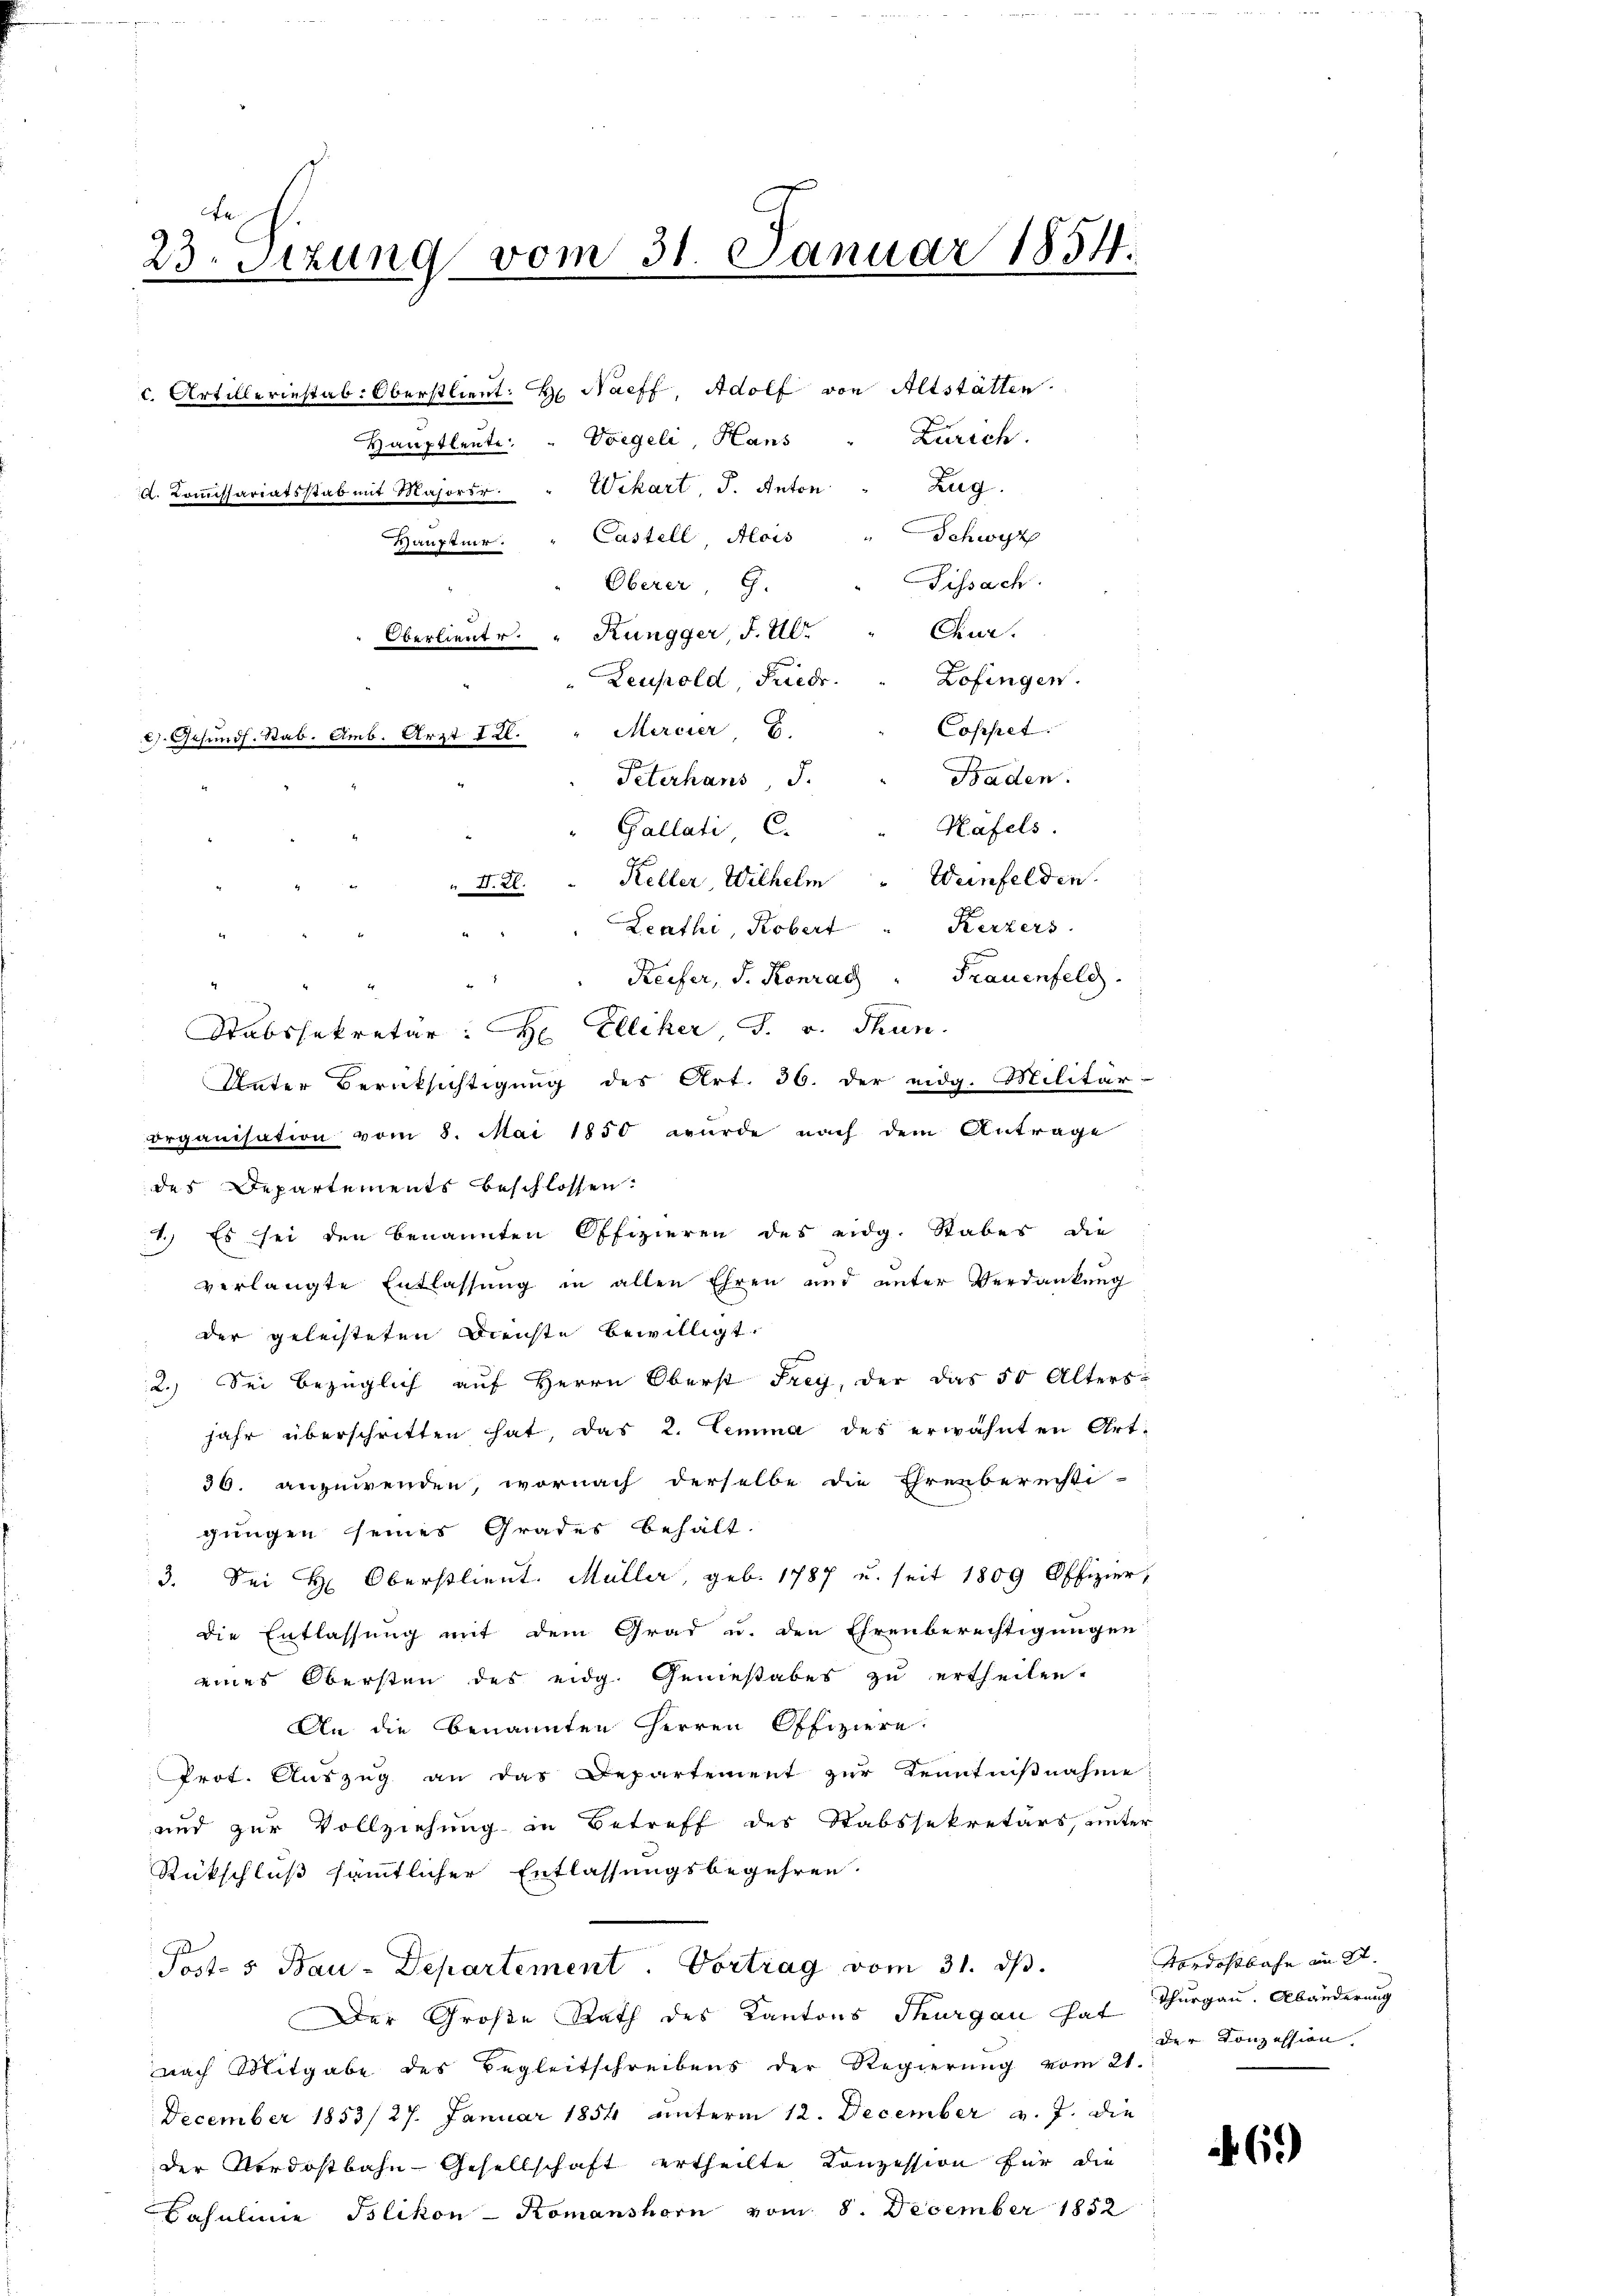
23. Sitzung vom 31. Januar 1854.

Hauptleute

2). Gesund. Rab. Amb. Arzt 121.

c. Artilleriestab. Oberstlieut. H. Naeff, Adolf von Altstätten.
Vorgeli, Hans
d. Koṁissariatsstab mit Majorsr. " Wikart J. Anton " Zug.
Hauptur. " Castell, Alois
Oberer, G.
Oberlieute. " Küngger, J. Ulr
Leuhold Friede
Mercier
Peterhans, d.
Gallati, C.
Keller, Wilhelm
Leuthi, Robert
Reifer, J. Konrad " Frauenfeld.
organisation vom 8. Mai 1850 wurde nach dem Antrage
des Departements beschlossen:
1.) Es sei den benannten Offizieren des eidg. Stabes die
verlangte Entlassung in allen Ehren und unter Verdankung
der geleisteten Beiste bewilligt.
2. Sei bezüglich auf Herrn Oberst Frey, der das 50 Alters-
jahr überschritten hat, das 2. Lemma des erwähnten Art-
36. anzuwenden, wornach derselbe die Ehrenbereisti-
gungen seines Grades behält.
3. Sei H. Oberstlieut. Müller, geb. 1787 u. seit 1809 Offizier,
die Entlassung mit dem Grad u. den Ehrenberechtigungen
eines Obersten des eidg. Genestabes zu ertheilen.
An die benannten Herren Offiziere
Prot. Auszug an das Departement zur Kenntnißnahme
und zur Vollziehung in Betreff des Stabssekretärs, unter
Rückschluß sämmtlicher Entlassungsbegehren.
Post- & Bau-Departement. Vortrag vom 31. ds.
Der Große Rath des Kantons Thurgau hat Thurgau. Abänderung
nach Mitgabe des Begleitschreibens der Regierung vom 21.
December 1853/27. Januar 1854 unterm 12. December v. J. die
der Nordostbahn-Gesellschaft ertheilte Konzession für die
Casulinie Islikon - Romanshorn vom 8. December 1852

" D. 2.

Stabssekretär: H. Elliker J. v. Thun.

Unter Berücksichtigung des Art. 36. der eidg. Militär:

Zürich.
Weinfelden.
Kerzers

Schwyz
Fissach
Chur.
Zofingen.
Coppet
Baden.
Häfels.

Nordostbahn an St.
der Konzession.

6)